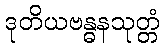
ဒုတိယဗန္ဓနသုတ္တံ